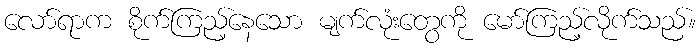
လော်ရာက စိုက်ကြည့်နေသော မျက်လုံးတွေကို မော်ကြည့်လိုက်သည်။